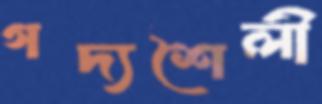
গদ্যশৈলী